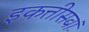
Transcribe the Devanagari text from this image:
इकत्तीसवां